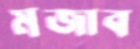
মজাব